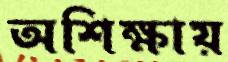
অশিক্ষায়